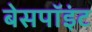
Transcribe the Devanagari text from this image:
बेसपॉइंट